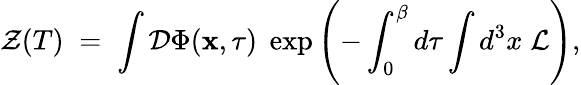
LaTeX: {\cal Z}(T)\; =\; \int{\cal D}\Phi({\mathbf x},\tau)\; \exp\left(-\int_{0}^{\beta}d\tau\int d^{3}x\; {\cal L}\right),